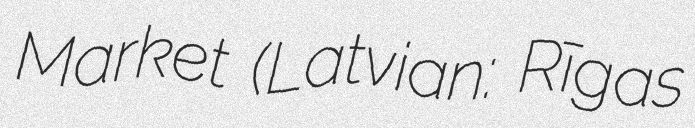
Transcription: Market (Latvian: Rīgas